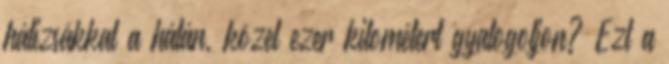
hátizsákkal a hátán, közel ezer kilométert gyalogoljon? Ezt a